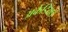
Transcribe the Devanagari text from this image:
अर्केडियाई